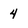
Character: 4